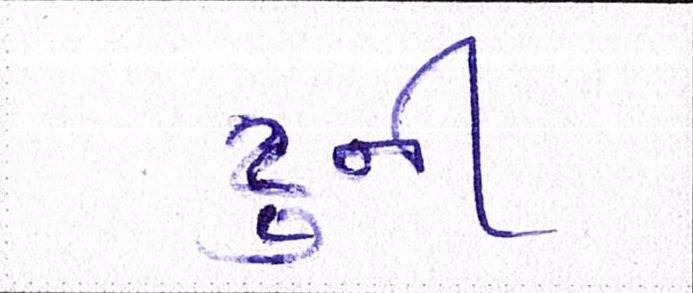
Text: ટુની